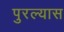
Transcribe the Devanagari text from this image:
पुरल्यास